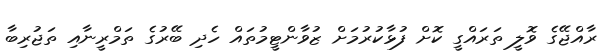
ރާއްޖޭގެ ވޮލީ ތަރައްގީ ކޮށް ފުޅާކުރުމަށް ޒުވާންޓީމުތައް ހެދި ބޭރުގެ ތަމްރީނާއި ތަޖުރިބާ